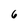
Character: 6